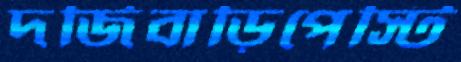
দর্জিবাড়িপেস্টি